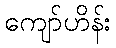
ကျော်ဟိန်း